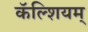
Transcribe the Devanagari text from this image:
कॅल्शियम्